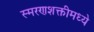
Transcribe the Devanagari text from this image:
स्मरणशक्तीमध्ये